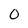
Character: 0